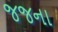
જજના